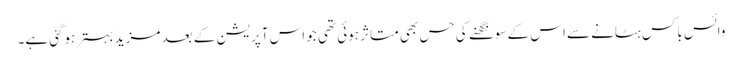
وائس باکس ہٹانے سے اس کے سونگھنے کی حس بھی متاثر ہوئی تھی جو اس آپریشن کے بعد مزید بہتر ہوگئی ہے۔